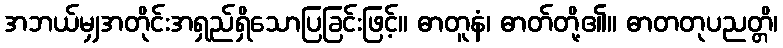
အဘယ်မျှအတိုင်းအရှည်ရှိသောပြခြင်းဖြင့်။ ဓာတူနံ၊ ဓာတ်တို့၏။ ဓာတတုပညတ္တိ၊